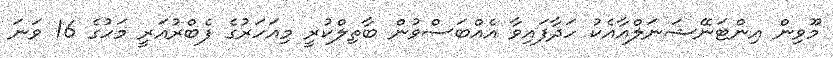
މޫވިން އިންޓަނޭޝަނަލްއާއެކު ހަދާފައިވާ އެއްބަސްވުން ބާތިލްކުރީ މިއަހަރުގެ ފެބްރުއަރީ މަހުގެ 16 ވަނަ